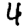
Digit: 4